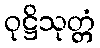
ဝုဋ္ဌိသုတ္တံ